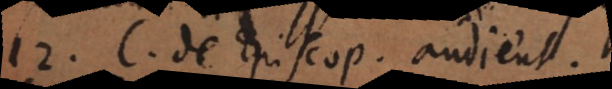
2. C. de Episcopati audientia